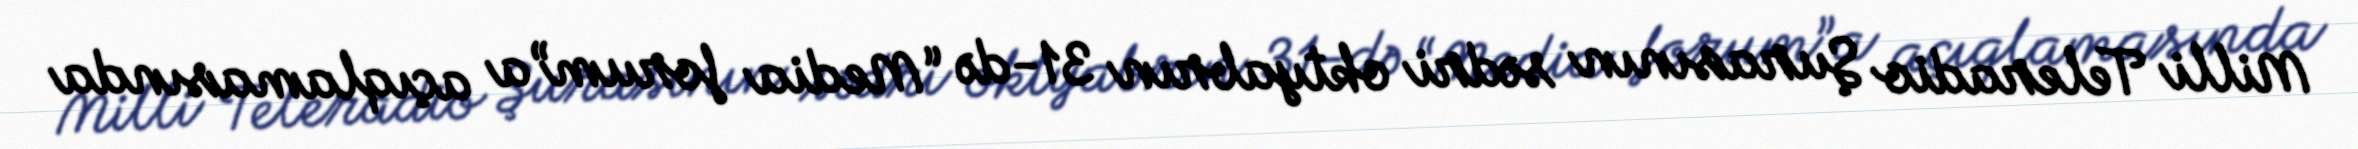
Milli Teleradio Şurasının sədri oktyabrın 31-də “Media forum”a açıqlamasında